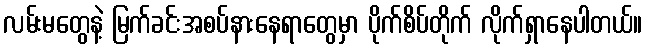
လမ်းမတွေနဲ့ မြက်ခင်းအစပ်နားနေရာတွေမှာ ပိုက်စိပ်တိုက် လိုက်ရှာနေပါတယ်။